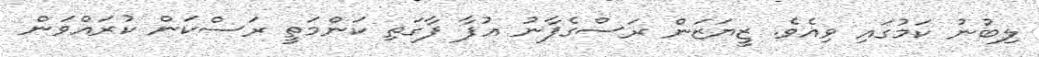
ލިބުނު ކަމުގައި ވިއެވެ. ޒީޔަޒަން ރަސްގެފާނު އުފާ ފާގަތި ކަންމަތީ ރަސްކަން ކުރައްވަން